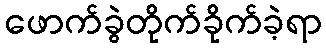
ဖောက်ခွဲတိုက်ခိုက်ခဲ့ရာ